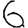
Digit: 6